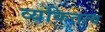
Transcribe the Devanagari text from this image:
व्यकितत्व